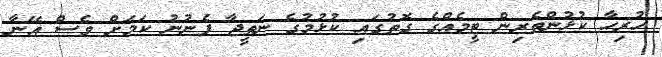
ހުރިހާ ކުޅުންތެރިން ޓީމެއްގެ ގޮތުގައި ކުޅުމުގެ ނަތީޖާ ފެނުނު ކަމަށް ވެސް އޭނާ